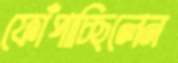
ফোঁপাচ্ছিলেন